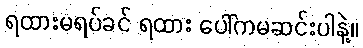
ရထားမရပ်ခင် ရထား ပေါ်ကမဆင်းပါနဲ့။